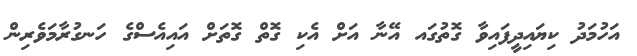
އަހުމަދު ކިޔައިދީފައިވާ ގޮތުގައ އޭނާ އަށް އެކި ގޮތް ގޮތަށް އައިއެސްގެ ހަނގުރާމަވެރިން